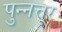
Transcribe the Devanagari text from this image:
पुन्नत्तूर